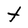
Character: t